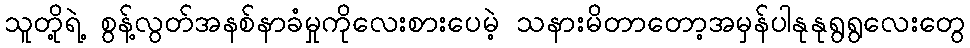
သူတို့ရဲ့ စွန့်လွတ်အနစ်နာခံမှုကိုလေးစားပေမဲ့ သနားမိတာတော့အမှန်ပါနုနုရွရွလေးတွေ